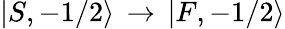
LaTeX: |S,-1/2\rangle\, \rightarrow\, |F,-1/2\rangle